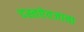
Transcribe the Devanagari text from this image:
दस्तऐवजाचा